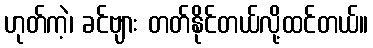
ဟုတ်ကဲ့၊ ခင်ဗျား တတ်နိုင်တယ်လို့ထင်တယ်။